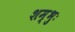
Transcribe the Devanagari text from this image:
शम्भुः